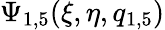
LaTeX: \Psi_{1,5}(\xi,\eta,q_{1,5})